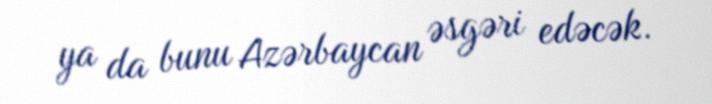
ya da bunu Azərbaycan əsgəri edəcək.